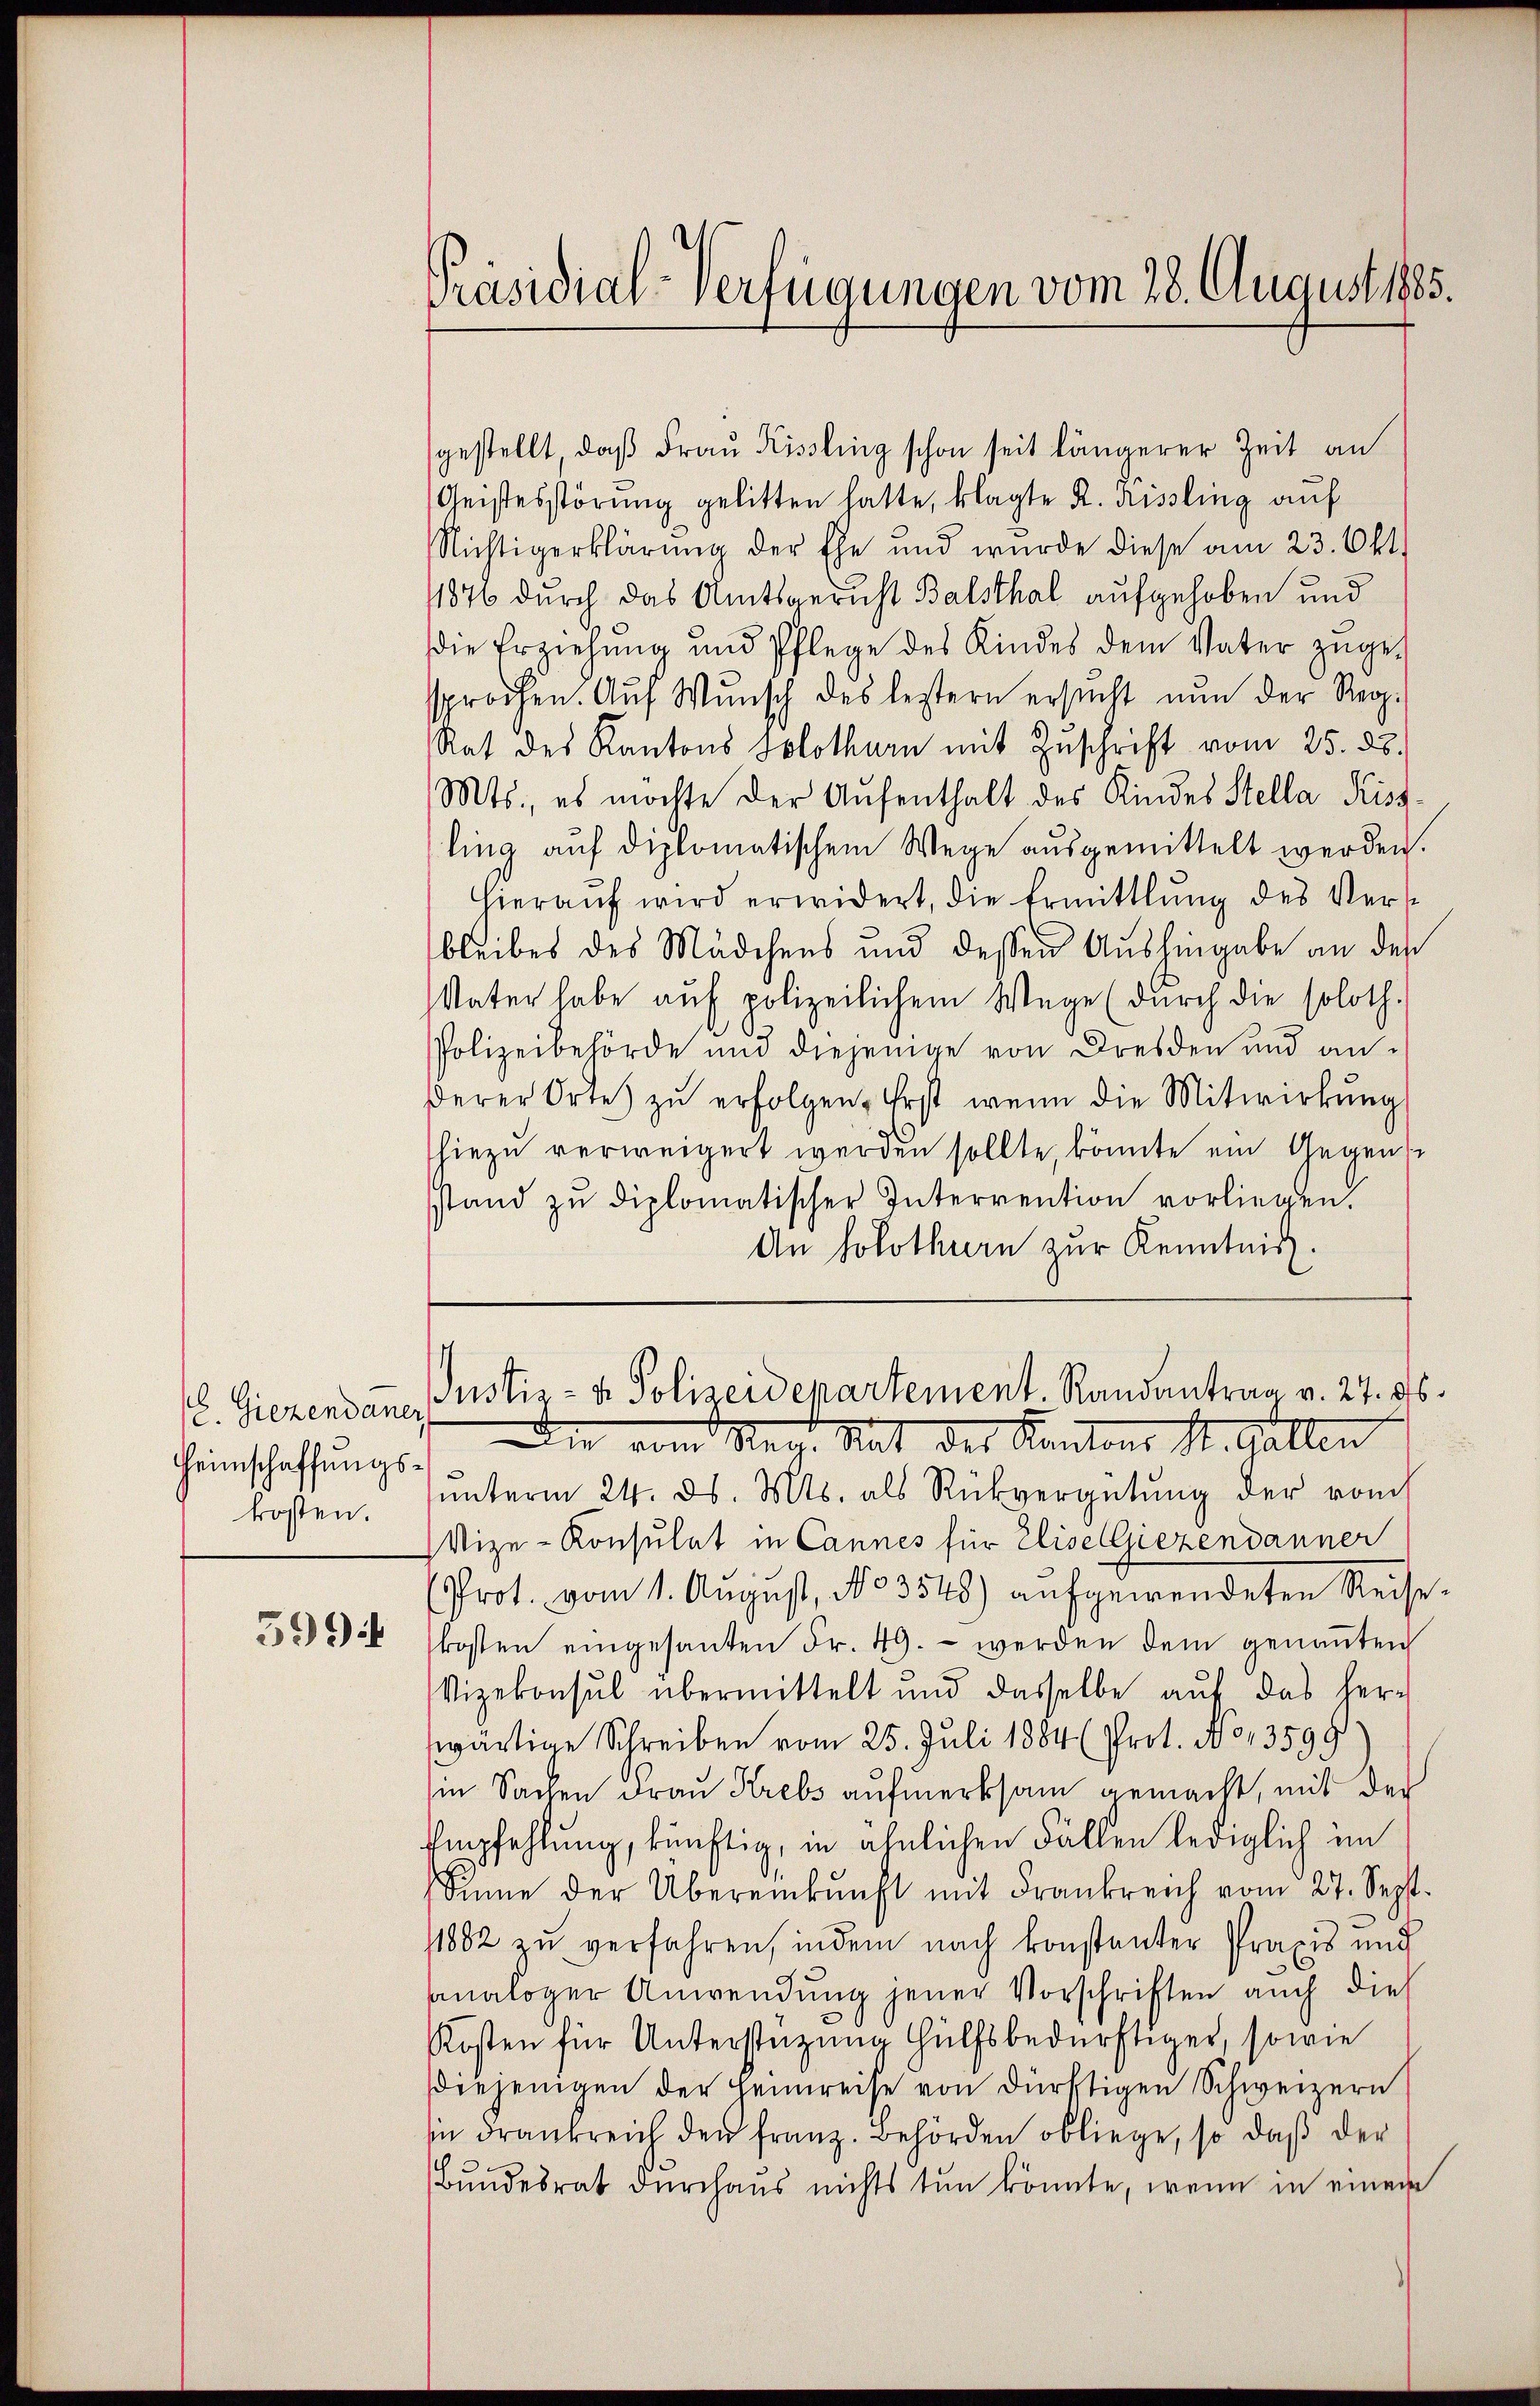
. Giezendaner
Heimschaffungskosten.

5994

Präsidial-Verfügungen vom 28. August 1885.

gestellt, daβ Fraŭ Kissling schon seit längerer Zeit an
Geistesstörŭng gelitten hatte, klagte R. Rissling auf
Nichtigerklärung der Ehe und wurde diese am 23. Okt.
1876 durch das Amtsgericht Balsthal aufgehoben und
die Erziehŭng und Pflege des Kindes dem Vater zŭge-
sprochen. Aŭf Wŭnsch des lestern ersŭcht nun der Reg.
Rat des Kantons Solothurn mit Zŭschrift vom 25. ds.
Mts., es möchte der Aufenthalt des Kindes Stella Kissling auf diplomatischem Wege ausgemittelt werden.
hieraŭf wird erwidert, die Ermittlung des Verst
bleibes des Mädchens und dessen Aushingabe an des
Vater habe aŭf polizeilichem Wege (durch die soloth.
Polizeibehörde und diejenige von Dresden und an-
derer Ortes zŭ erfolgen. Erst wenn die Mitwirkŭng
hiezu verweigert werden sollte, könnte ein Gegens
stand zu diplomatischer Interrention vorliegen.
An Solothurn zur Kenntnis.
Justiz- & Polizeidepartement. Randantrag v. 27. 96.
Die Mit des Kantons St. Gallen
unterm 24. ds. Mts. als Rückvergütung der von
Vize-Konsulat in Cannes für Elise Giezendanner
Prot. vom 1. August, No 3548) aufgewendeten Reise-
kosten eingesanten Fr. 49. - werden dem genannten
Vizekonsul übermittelt und dasselbe aŭf das herr
wärtige Schreiben vom 25. Juli 1884 (Prot. No 13599
in Sachen Frau Krebs aufmerksam gemacht, mit der
Empfehlung, künftig, in ähnlichen Fällen lediglich im
Sinne der Übereinkunft mit Frankreich vom 27. Sept.
1882 zu verfahren, indem nach konstanter Praxis und
sanaloger Anwendung jener Vorschriften auch dies
Kosten für Unterstüzung Hülfsbedürftiger, sowie
diejenigen der Heimreise von dürftigen Schweizern
iin drankreich den franz. Behörden obliege, so daβ der
.
Bundesrat durchaus nichts tun könnte, wenn in einen